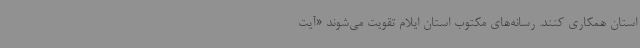
استان همکاری کنند. رسانه‌های مکتوب استان ایلام تقویت می‌شوند «آیت